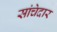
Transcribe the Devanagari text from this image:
सांचेदार